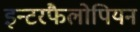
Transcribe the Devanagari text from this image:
इन्टरफैलोपियन